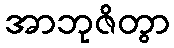
အာဘုဇိတွာ